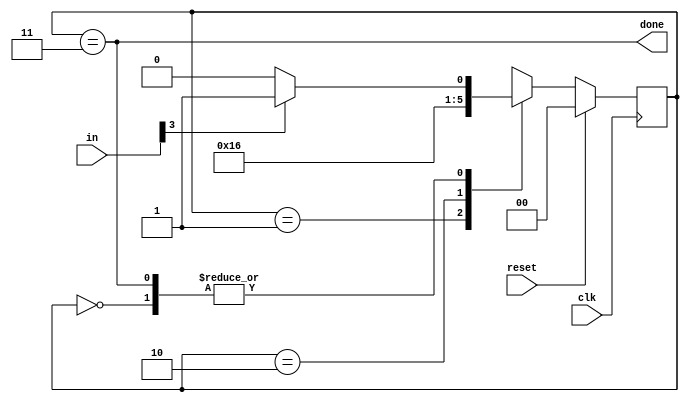
module top_module(
    input clk,
    input reset,
    input [7:0]in,
    output done


);

    parameter BYTE1=2'b00,
              BYTE2=2'b01,
              BYTE3=2'b10,
              DONE =2'b11;
    
    reg [1:0]curr_state, next_state;

    always@(posedge clk) begin
        if(reset) curr_state<=       BYTE1;
        else      curr_state<=  next_state;
    end 

    always @(*) begin
        case(curr_state)
        BYTE1: next_state= in[3]? BYTE2:BYTE1;
        BYTE2: next_state=              BYTE3;
        BYTE3: next_state=               DONE;
        DONE : next_state= in[3]? BYTE2:BYTE1;
        endcase
    end

    assign done=(curr_state==DONE);






endmodule